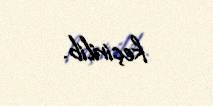
keçirilib.